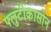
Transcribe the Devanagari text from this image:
फ्लुटीकासोन